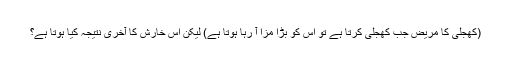
(کھجلی کا مریض جب کھجلی کرتا ہے تو اس کو بڑا مزا آ رہا ہوتا ہے) لیکن اس خارش کا آخری نتیجہ کیا ہوتا ہے؟